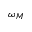
\omega _ { M }